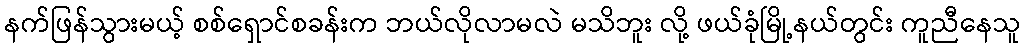
နက်ဖြန်သွားမယ့် စစ်ရှောင်စခန်းက ဘယ်လိုလာမလဲ မသိဘူး လို့ ဖယ်ခုံမြို့နယ်တွင်း ကူညီနေသူ